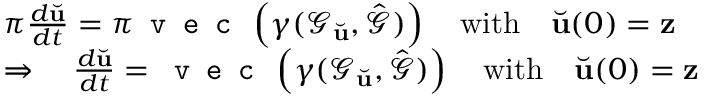
\begin{array} { r l } & { \pi \frac { d \Breve { \mathbf { u } } } { d t } = \pi \texttt { v e c } \left( \gamma ( \mathcal { G } _ { \Breve { \mathbf { u } } } , \hat { \mathcal { G } } ) \right) \quad \mathrm { w i t h } \quad \Breve { \mathbf { u } } ( 0 ) = \mathbf { z } } \\ & { \Rightarrow \quad \frac { d \Breve { \mathbf { u } } } { d t } = \texttt { v e c } \left( \gamma ( \mathcal { G } _ { \Breve { \mathbf { u } } } , \hat { \mathcal { G } } ) \right) \quad \mathrm { w i t h } \quad \Breve { \mathbf { u } } ( 0 ) = \mathbf { z } } \end{array}